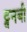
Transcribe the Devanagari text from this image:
ट्वनबी